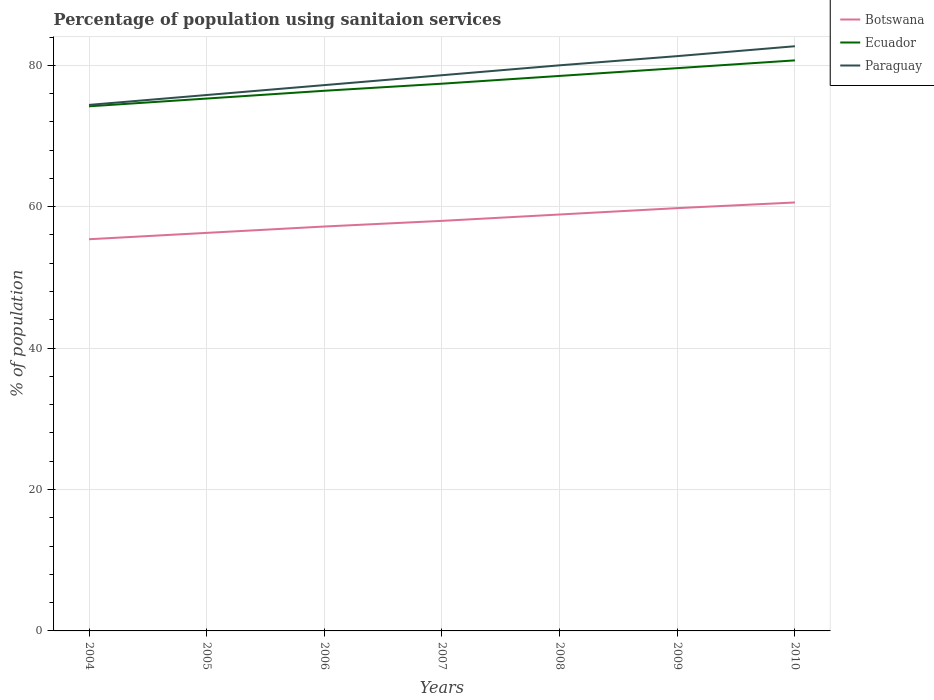
| Years | Botswana | Ecuador | Paraguay |
 | --- | --- | --- | --- |
 | 2004 | 55.4 | 74.2 | 74.4 |
 | 2005 | 56.3 | 75.3 | 75.8 |
 | 2006 | 57.2 | 76.4 | 77.2 |
 | 2007 | 58 | 77.4 | 78.6 |
 | 2008 | 58.9 | 78.5 | 80 |
 | 2009 | 59.8 | 79.6 | 81.3 |
 | 2010 | 60.6 | 80.7 | 82.7 |